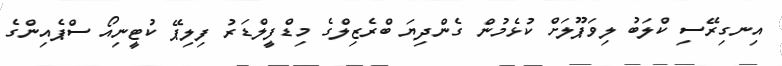
އިނގިރޭސި ކްލަބު ލިވަޕޫލަށް ކުޅެމުން ގެންދިޔަ ބްރެޒިލްގެ މިޑްފީލްޑަރު ފިލިޕޭ ކުޓީނިއޯ ސްޕެއިންގެ